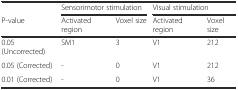
|  | <COLSPAN=2> Sensorimotor stimulation | <COLSPAN=2> Visual stimulation |
 | P-value | Activated region | Voxel size | Activated region | Voxel size |
 | --- | --- | --- | --- | --- |
 | 0.05 (Uncorrected) | SM1 | 3 | V1 | 212 |
 | 0.05 (Corrected) | - | 0 | V1 | 212 |
 | 0.01 (Corrected) | - | 0 | V1 | 36 |